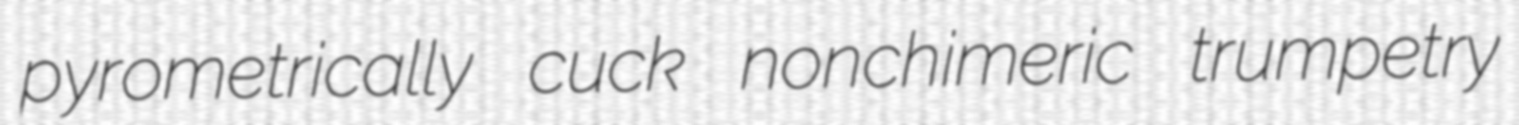
pyrometrically cuck nonchimeric trumpetry